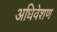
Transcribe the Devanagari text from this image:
अधिवेशण